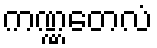
ကဏ္ဏတေလံ